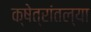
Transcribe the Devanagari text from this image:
क्षेत्रांतल्या